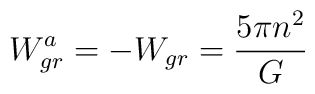
W^a_{gr}=-W_{gr}={5\pi n^2\over G}